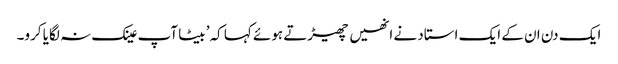
ایک دن ان کے ایک استاد نے انھیں چھیڑتے ہوئے کہا کہ’ بیٹا آپ عینک نہ لگایا کرو۔